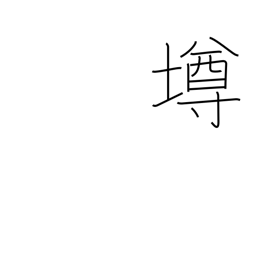
Meaning: cup